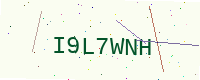
Text: I9L7WNH